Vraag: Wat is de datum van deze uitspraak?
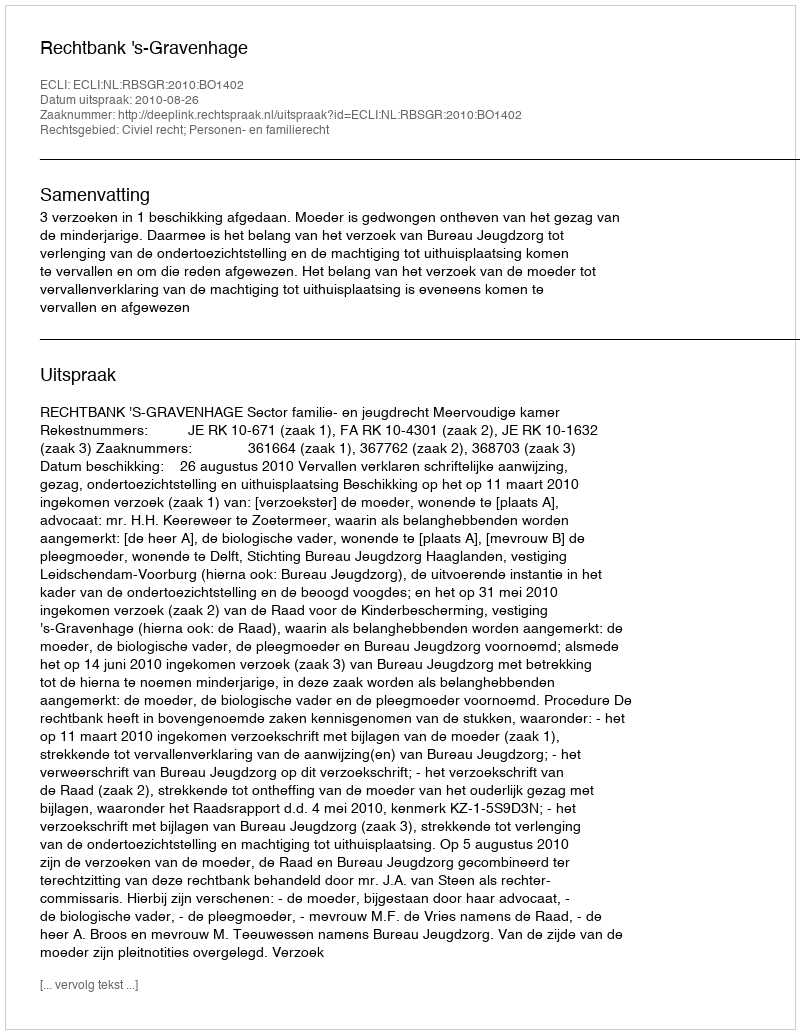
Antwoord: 2010-08-26